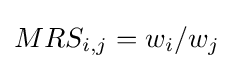
MRS_{i,j}=w_{i}/w_{j}